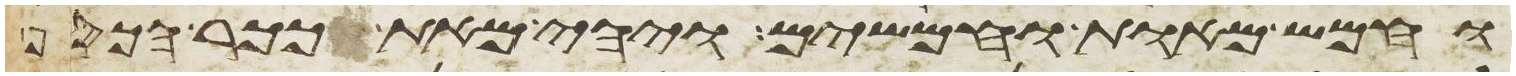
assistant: וחמש מאות וחמשים ויהי מאת ככר הכסף